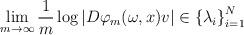
LaTeX: \begin{align*} \lim_{m \rightarrow \infty} \frac{1}{m} \log |D\varphi_m (\omega,x)v| \in \left\{ \lambda_i \right\}_{i=1}^N\end{align*}